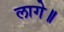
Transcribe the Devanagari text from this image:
लागे॥